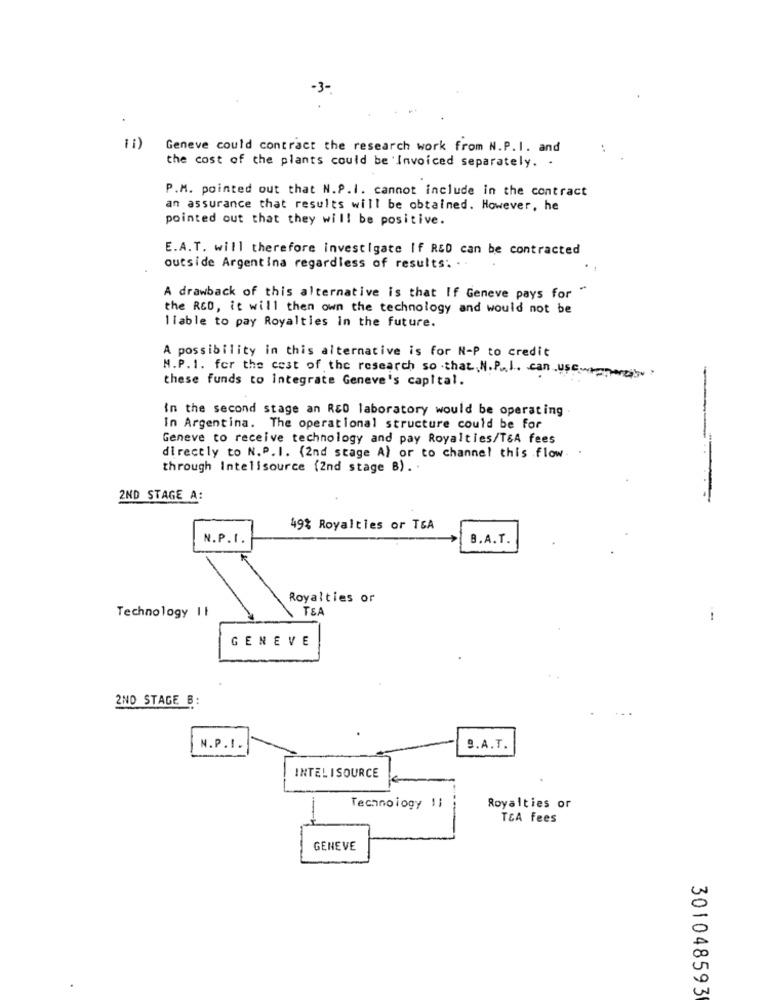
-3-
(1)
Geneve could contract the research work from N.P.I. and
the cost of the plants could be 'Invoiced separately. .
P.M. pointed out that N.P.I. cannot include in the contract
an assurance that results will be obtained. However, he
pointed out that they will be positive.
E.A.T. will therefore investigate If R&D can be contracted
outside Argentina regardless of results: . .
A drawback of this alternative is that If Geneve pays for
the RED, it will then own the technology and would not be
Ilable to pay Royalties in the future.
A possibility in this alternative is for N-P to credit
M.P.1. for the cest of the research so that N.P.I. can use
these funds to integrate Geneve's capital.
-
in the second stage an RED laboratory would be operating
In Argentina. The operational structure could be for
Geneve to receive technology and pay Royalties/T&A fees
-
directly to N.P. I. (2nd stage A) or to channel this .flow.
through Intellsource (2nd stage B). .
2ND STAGE A:
49% Royalties or TSA
N.P.I.
B.A.T.
Royalties or
TEA
Technology II
1
GENEVE
2ND STAGE B:
N.P.I.
9.A.T.
INTELISOURCE
Technology 1;
Royalties or
TEA fees
GENEVE
0
0
301048593